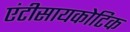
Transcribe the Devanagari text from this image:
एंटीसायकोटिक